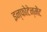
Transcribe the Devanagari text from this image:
इन्फोटेन्मेंट